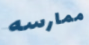
ممارسه